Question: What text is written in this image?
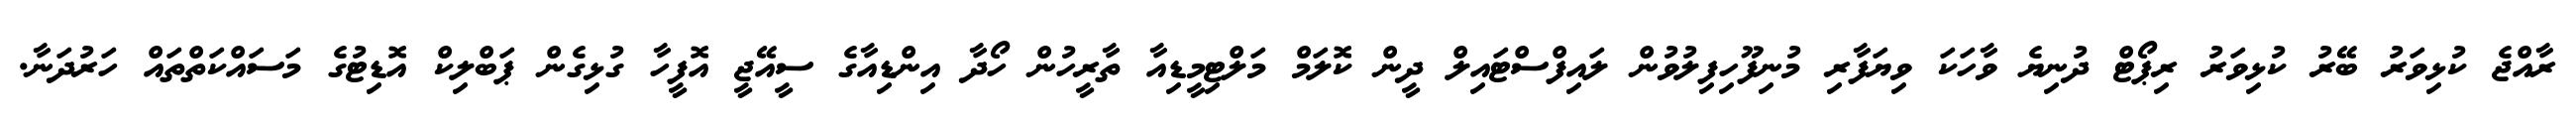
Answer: ރާއްޖެ ކުޅިވަރު ބޭރު ކުޅިވަރު ރިޕޯޓް ދުނިޔެ ވާހަކަ ވިޔަފާރި މުނިފޫހިފިލުވުން ލައިފްސްޓައިލް ދީން ކޮލަމް މަލްޓިމީޑިއާ ތާރީހުން ހޯދާ އިންޑިއާގެ ސީއޭޖީ އޮފީހާ ގުޅިގެން ޕަބްލިކް އޮޑިޓުގެ މަސައްކަތްތައް ހަރުދަނާ.